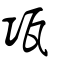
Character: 瓨